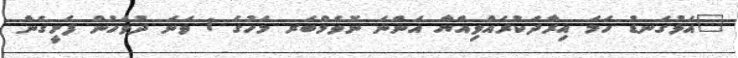
"އަޅުގަނޑު ހަމަ އިރާދަކުރެއްވިއްޔާ އަންނަ ނޮވެމްބަރ މަހުގެ 1 ވަނަ ދުވަހުން ފެށީގެން